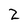
Character: 2